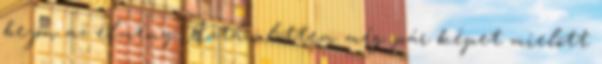
bejön az élmény Aztán lõttem még pár képet mielõtt